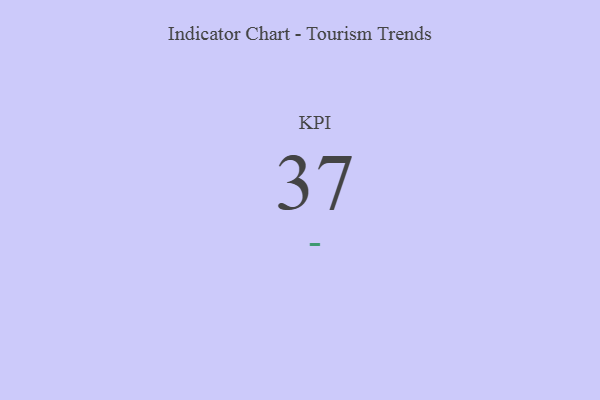
{"axis": {"x": "KPI", "y": "Value"}, "legend": [""], "data": [{"x": "KPI", "y": 37, "type": ""}]}